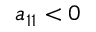
a _ { 1 1 } < 0